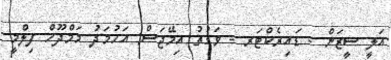
އަލީ ސީޒަން - ޑައިރެކްޓަރ - ވަގުތު އިމޭޖަސް: އަހުމަދު މަމްދޫހް ފިލްމީ